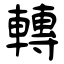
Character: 轉